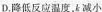
D.降低反应温度，k 减小